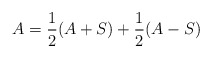
\begin{align*}A =\frac{1}{2}(A + S) + \frac{1}{2}(A-S)\end{align*}